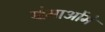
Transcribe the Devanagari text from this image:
खेमाओंमे